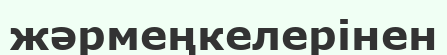
жәрмеңкелерінен